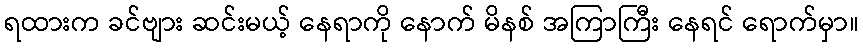
ရထားက ခင်ဗျား ဆင်းမယ့် နေရာကို နောက် မိနစ် အကြာကြီး နေရင် ရောက်မှာ။